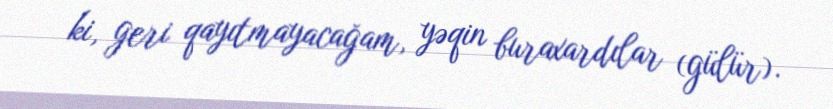
ki, geri qayıtmayacağam, yəqin buraxardılar (gülür).